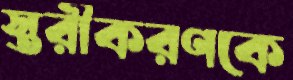
স্তরীকরণকে